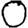
Digit: 0